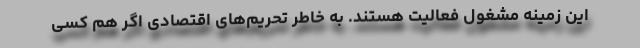
این زمینه مشغول فعالیت هستند. به خاطر تحریم‌های اقتصادی اگر هم کسی